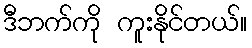
ဒီဘက်ကို ကူးနိုင်တယ်။